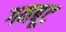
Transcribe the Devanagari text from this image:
गमबूट